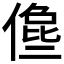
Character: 𠍈